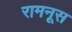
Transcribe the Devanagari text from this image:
रामनूस